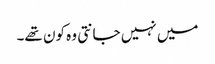
میں نہیں جانتی وہ کون تھے۔